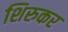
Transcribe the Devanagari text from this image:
शिरुकर